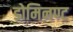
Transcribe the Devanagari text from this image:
डोमिनण्ट